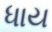
ધાય